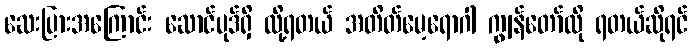
ဆေးပြားအကြောင်း ဆောင်ပုဒ်ရှိ လို့ရတယ် အတိတ်မေ့ရောဂါ ကျွန်တော်လို ရတယ်ဆိုရင်